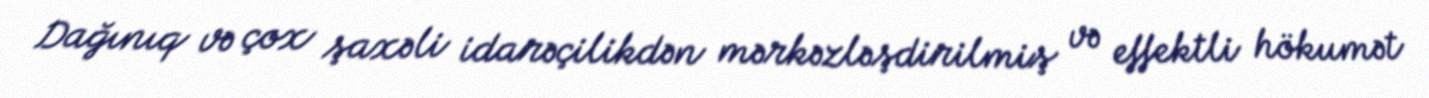
Dağınıq və çox şaxəli idarəçilikdən mərkəzləşdirilmiş və effektli hökumət